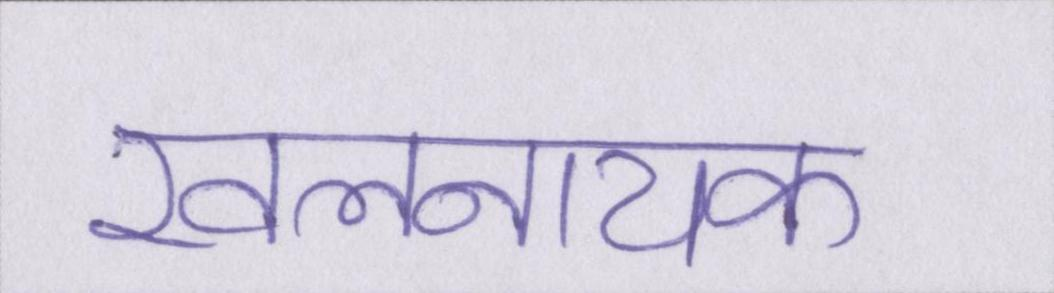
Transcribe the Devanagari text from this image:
खलनायक